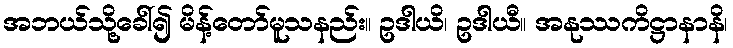
အဘယ်သို့ခေါ်၍ မိန့်တော်မူသနည်း။ ဥဒါယိ၊ ဥဒါယီ။ အနုဿကိဋ္ဌာနာနိ၊